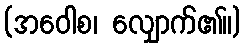
(အဝေါစ၊ လျှောက်၏။)